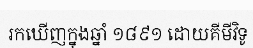
រកឃើញក្នុងឆ្នាំ ១៨៩១ ដោយគីមីវិទូ